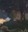
ફળ